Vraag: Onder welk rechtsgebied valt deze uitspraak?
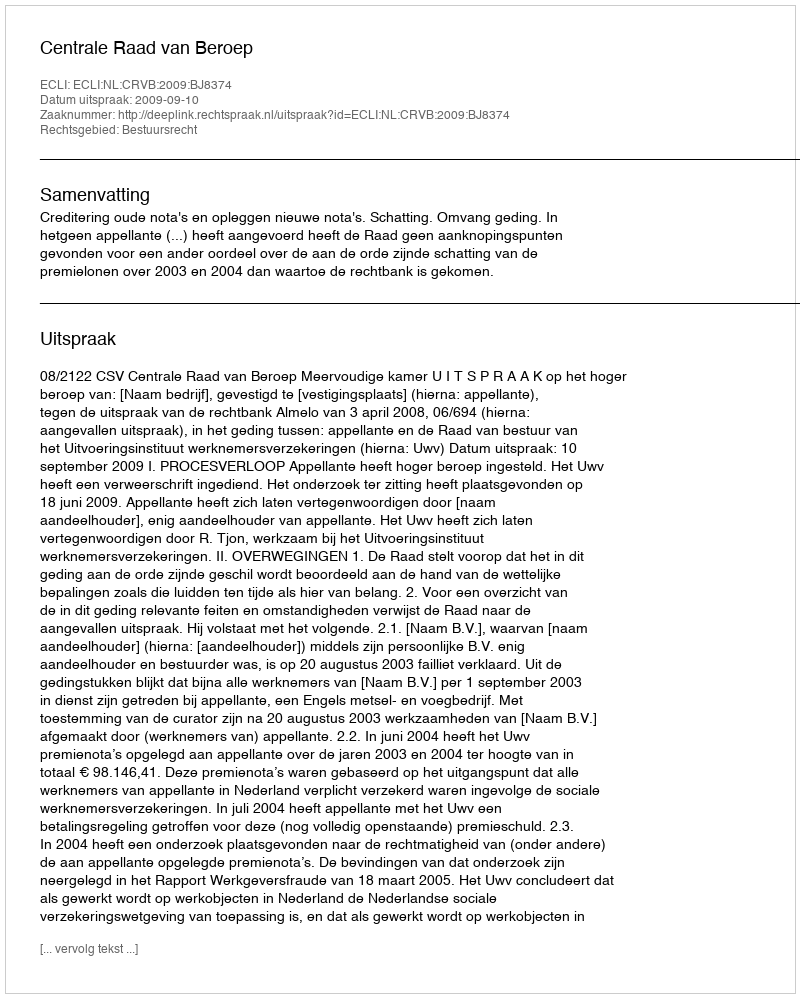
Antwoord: Bestuursrecht